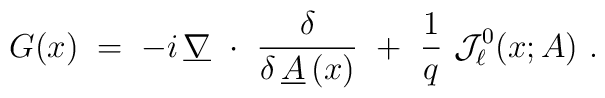
G(x) \;=\; - i\, \underline{\nabla}~\cdot~ \frac{\delta}{\delta  \,\underline{A}\,(x)}~+~\frac 1 q \ {\mathcal J}_\ell^0 (x;A)~.